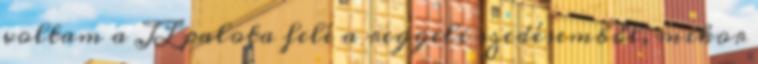
voltam a JL palota felé a reggeli szedésemből, mikor